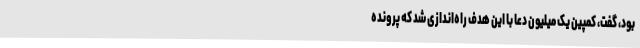
بود، گفت، کمپین یک میلیون دعا با این هدف راه‌اندازی شد که پرونده